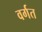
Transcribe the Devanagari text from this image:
वर्गत